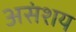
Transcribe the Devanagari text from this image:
असंशय